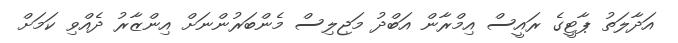
އަދާލަތު ޕާޓީގެ ރައީސް އިމްރާން އަބްދު މަޖިލިސް މެންބަރުންނަށް އިންޒާރު ދެއްވި ކަމަށް